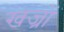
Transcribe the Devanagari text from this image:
खज्रों